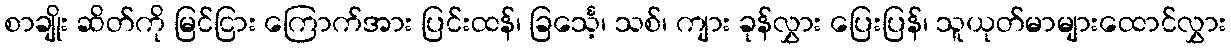
စာချိုး ဆိတ်ကို မြင်ငြား ကြောက်အား ပြင်းထန်၊ ခြင်္သေ့၊ သစ်၊ ကျား ခုန်လွှား ပြေးပြန်၊ သူယုတ်မာများထောင်လွှား